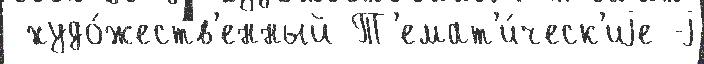
 худо́жеств'енный Т'емат'и́ческ'иjе -j